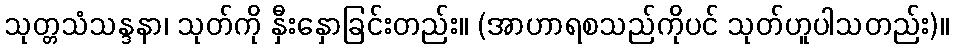
သုတ္တသံသန္ဒနာ၊ သုတ်ကို နှီးနှောခြင်းတည်း။ (အာဟာရစသည်ကိုပင် သုတ်ဟူပါသတည်း)။